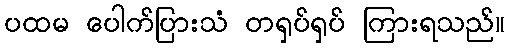
ပထမ ပေါက်ပြားသံ တရှပ်ရှပ် ကြားရသည်။